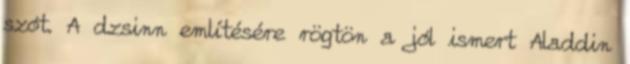
szót. A dzsinn említésére rögtön a jól ismert Aladdin